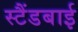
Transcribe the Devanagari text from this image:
स्‍टैंडबाई